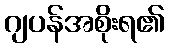
ဂျပန်အစိုးရ၏